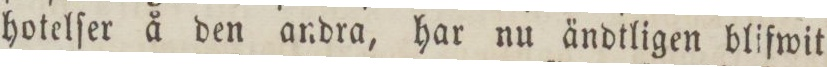
hotelſer å den andra, har nu ändtligen blifwit